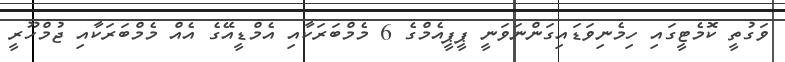
ވަގުތީ ކޮމެޓީގައި ހިމެނިވަޑައިގަންނަވަނީ ޕީޕީއެމްގެ 6 މެމްބަރަކާއި އެމްޑީއޭގެ އެއް މެމްބަރަކާއި ޖުމްހޫރީ